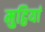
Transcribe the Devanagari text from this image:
मुट्ठियां